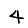
Digit: 4